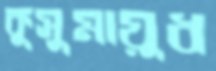
কুসুমায়ুধ